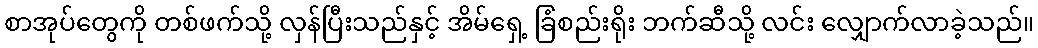
စာအုပ်တွေကို တစ်ဖက်သို့ လှန်ပြီးသည်နှင့် အိမ်ရှေ့ ခြံစည်းရိုး ဘက်ဆီသို့ လင်း လျှောက်လာခဲ့သည်။